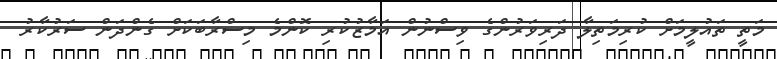
މަތީ ތައުލީމަށް ކުރިމަތިލާ ދަރިވަރުންގެ ވިސްނުން އަމާޒުކުރި ކޮންމެ މިސްރާބަކަށް ގެންދަން ސަރުކާރު